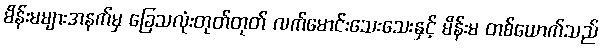
မိန်းမများအနက်မှ ခြေသလုံးတုတ်တုတ် လက်မောင်းသေးသေးနှင့် မိန်းမ တစ်ယောက်သည်